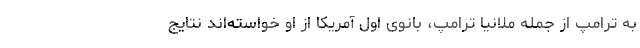
به ترامپ از جمله ملانیا ترامپ، بانوی اول آمریکا از او خواسته‌اند نتایج